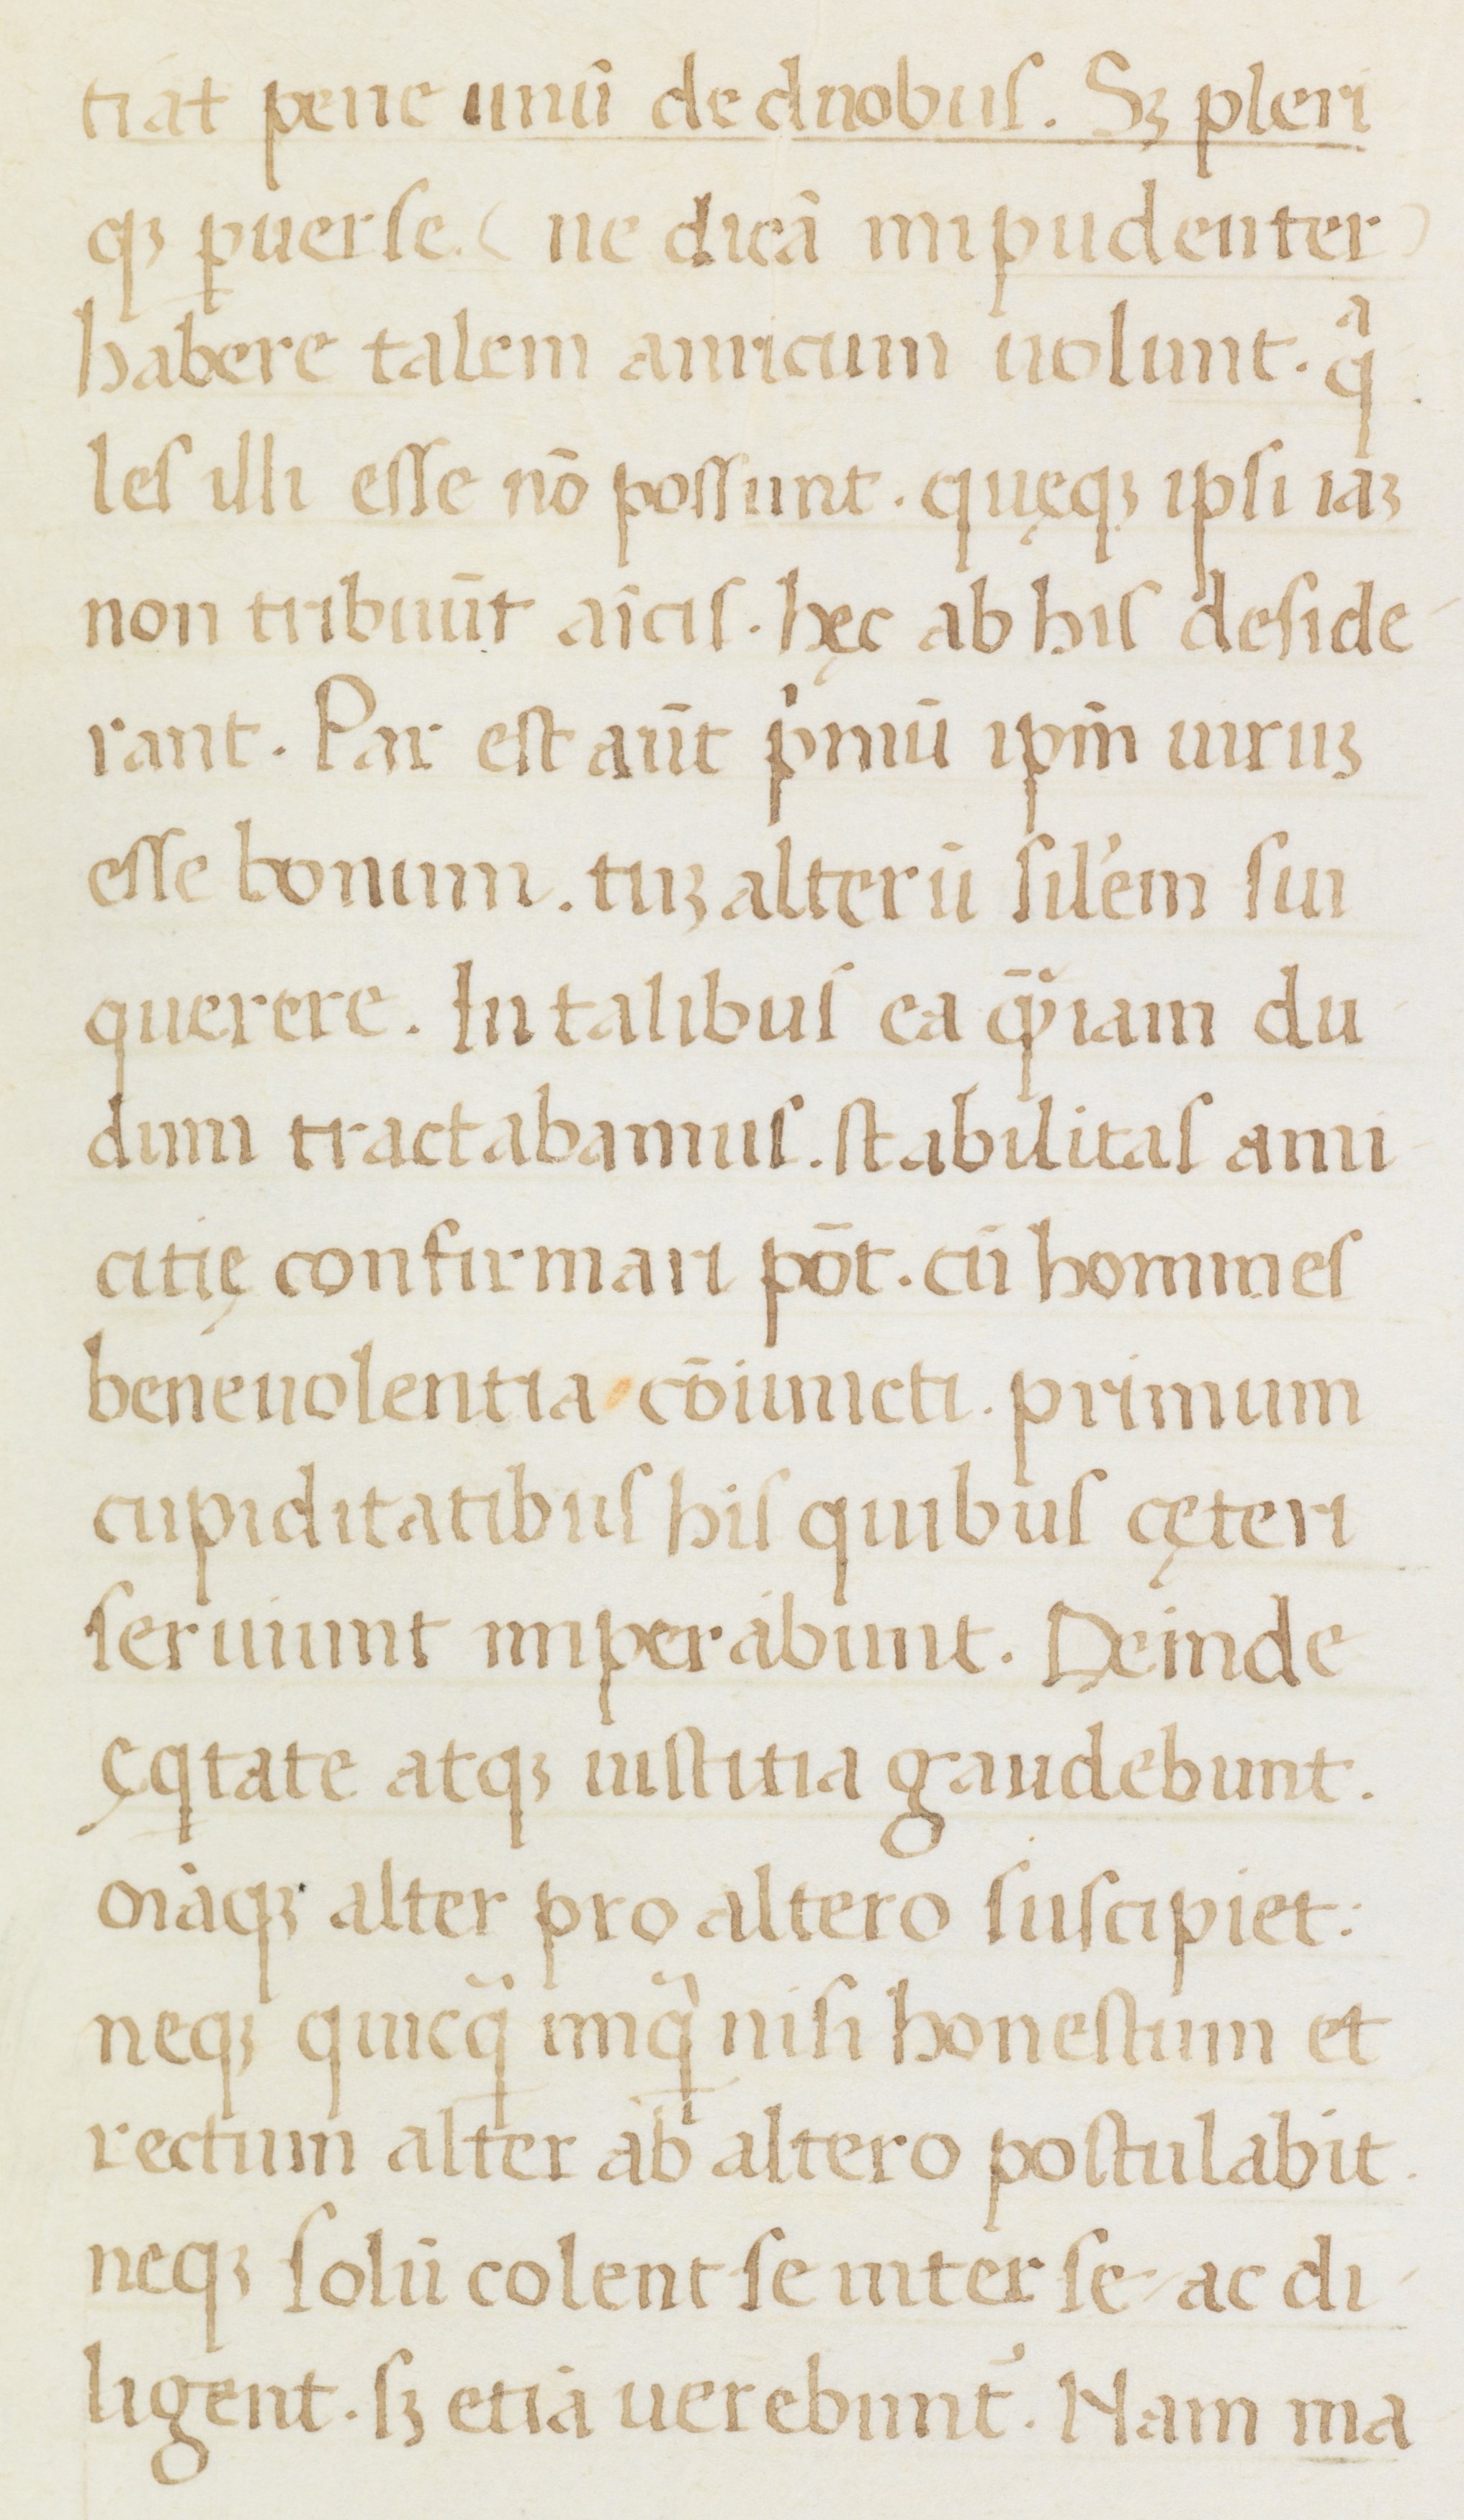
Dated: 1400–1499